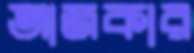
আজকার